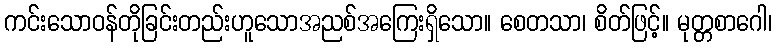
ကင်းသောဝန်တိုခြင်းတည်းဟူသောအညစ်အကြေးရှိသော။ စေတသာ၊ စိတ်ဖြင့်။ မုတ္တစာဂေါ၊